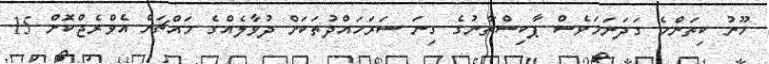
ހޫނު ކިތަންމެ ގަދަނަމަވެސް ޕާކިސްތާނުގެ ގިނަ ސަރަހައްދުތަކަށް ދުވާލެއްގެ މައްޗަށް އެވްރެޖްކޮށް 15